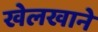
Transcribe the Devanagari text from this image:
खेलखाने